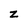
Character: z